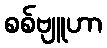
စစ်ဗျူဟာ